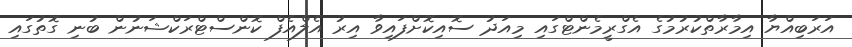
އަރަބިއްޔާ އިމާރާތްކުރުމުގެ އެގްރީމެންޓްގައި މިއަދު ސޮއިކޮށްފައިވާ އިރު އެލްއެފް ކޮންސްޓްރަކްޝަނުން ބުނި ގޮތުގައި